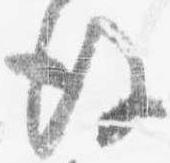
後